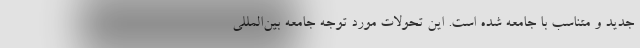
جدید و متناسب با جامعه شده است. این تحولات مورد توجه جامعه بین‌المللی